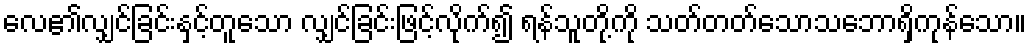
လေ၏လျှင်ခြင်းနှင့်တူသော လျှင်ခြင်းဖြင့်လိုက်၍ ရန်သူတို့ကို သတ်တတ်သောသဘောရှိကုန်သော။